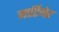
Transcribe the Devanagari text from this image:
मार्टिमेर